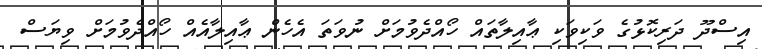
އިސްދޫ ދަރިކޮޅުގެ ވަކިވަކި ޢާއިލާތައް ހޯއްދެވުމަށް ނުވަތަ އެހެން ޢާއިލާއެއް ހޯއްދެވުމަށް ވިޔަސް